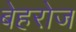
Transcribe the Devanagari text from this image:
बेहरोज